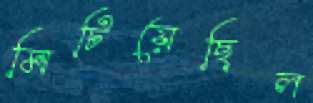
মিটিয়েছিল